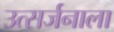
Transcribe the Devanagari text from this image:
उत्सर्जनाला